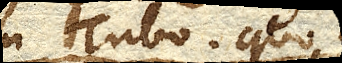
in Tubo quousque